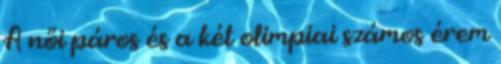
A női páros és a két olimpiai számos érem